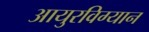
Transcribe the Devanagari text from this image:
आयुरविग्यान